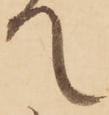
て